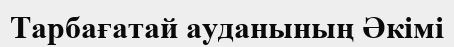
Тарбағатай ауданының Әкімі